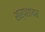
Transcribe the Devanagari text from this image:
शार्पशायर